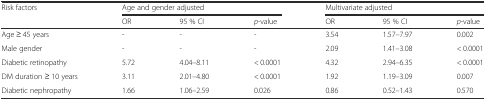
<table><thead><tr><td><b>Risk factors</b></td><td colspan="3"><b>Age and gender adjusted</b></td><td colspan="3"><b>Multivariate adjusted</b></td></tr><tr><td></td><td><b>OR</b></td><td><b>95 % CI</b></td><td><b><i>p</i>-value</b></td><td><b>OR</b></td><td><b>95 % CI</b></td><td><b><i>p</i>-value</b></td></tr></thead><tbody><tr><td>Age ≥ 45 years</td><td>-</td><td>-</td><td>-</td><td>3.54</td><td>1.57–7.97</td><td>0.002</td></tr><tr><td>Male gender</td><td>-</td><td>-</td><td>-</td><td>2.09</td><td>1.41–3.08</td><td>&lt; 0.0001</td></tr><tr><td>Diabetic retinopathy</td><td>5.72</td><td>4.04–8.11</td><td>&lt; 0.0001</td><td>4.32</td><td>2.94–6.35</td><td>&lt; 0.0001</td></tr><tr><td>DM duration ≥ 10 years</td><td>3.11</td><td>2.01–4.80</td><td>&lt; 0.0001</td><td>1.92</td><td>1.19–3.09</td><td>0.007</td></tr><tr><td>Diabetic nephropathy</td><td>1.66</td><td>1.06–2.59</td><td>0.026</td><td>0.86</td><td>0.52–1.43</td><td>0.570</td></tr></tbody></table>